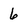
Character: 6